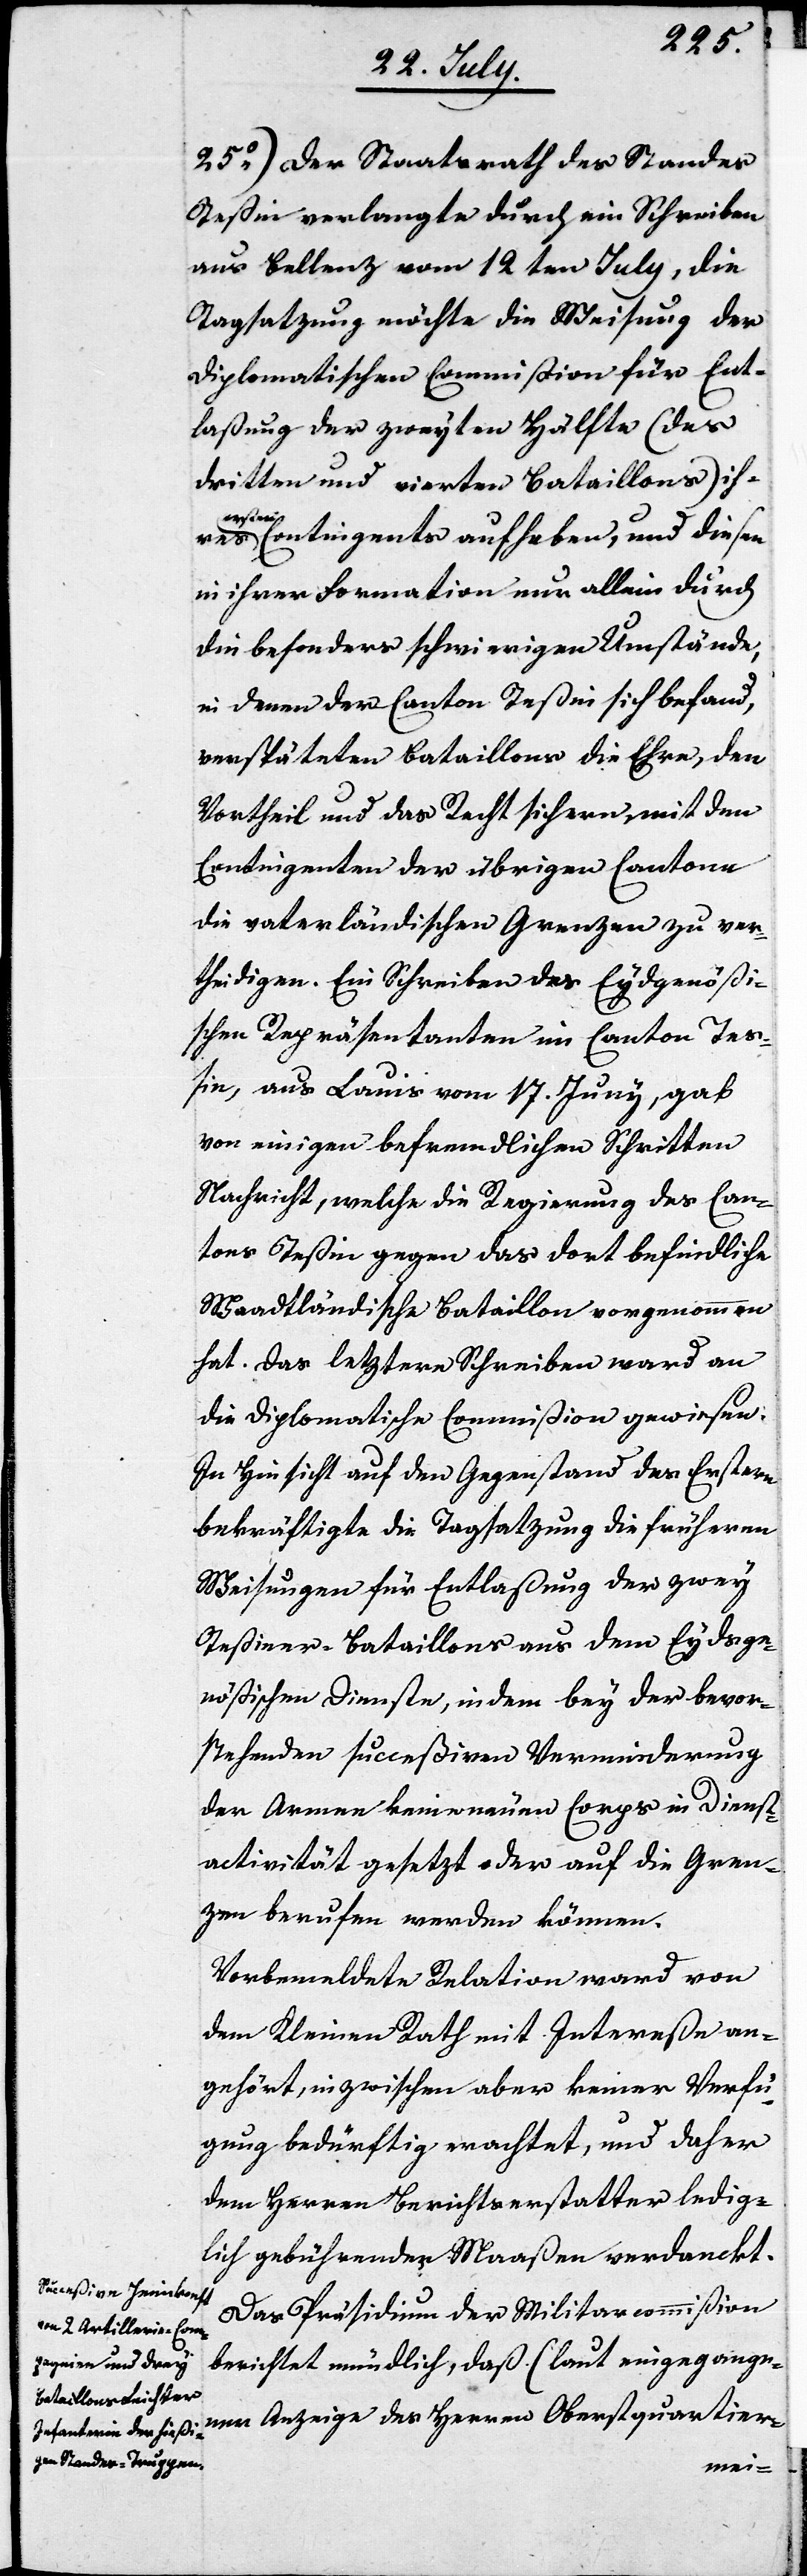
25.) Der Staatsrath des Standes
Teßin verlangt durch ein Schreiben
aus Bellenz vom 12ten July, die
Tagsatzung möchte die Weisung der
Diplomatischen Commißion für Ent¬
laßung der zweyten Hälfte (des
dritten und vierten Bataillons) ih¬
res ers¬
ten Contingents aufheben, und diesen
in ihrer Formation nur allein durch
die besonders schwierigen Umstände,
in denen der Canton Teßin sich befand,
verspäteten Bataillons die Ehre, den
Vortheil und das Recht sichern, mit den
Contingenten der übrigen Cantone
die vaterländischen Grenzen zu ver¬
theidigen. Ein Schreiben des Eydgenößi¬
schen Repräsentanten im Canton Teß¬
in, aus Lauis von 17ten Juny, gab
von einigen befremdlichen Schritten
Nachricht, welche die Regierung des Can¬
tons Teßin gegen das dort befindliche
Waadtländische Bataillon vorgenommen
hat. Das letztere Schreiben ward an
die Diplomatische Commißion gewiesen.
In Hinsicht auf den Gegenstand des Ersteren
bekräftigte die Tagsatzung die früheren
Weisungen für Entlaßung der zwey
Teßiner-Bataillons aus dem Eydsge¬
nößischen Dienste, indem bey der bevor¬
stehenden succeßiven Verminderung
der Armee keine neuen Corps in Dienst¬
activität gesetzt oder auf die Gren¬
zen berufen werden können.
Vorbemeldete Relation ward von
dem Kleinen Rath mit Intereße an¬
gehört, inzwischen aber keiner Verfü¬
gung bedürftig erachtet, und daher
dem Herren Berichterstatter ledig¬
lich gebührender Maaßen verdanckt.
Das Präsidium der Militar-Commißion
berichtet mündlich, daß (laut eingegange¬
ner Anzeige des Herren Oberstquartier-